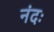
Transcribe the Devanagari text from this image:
नंदः